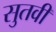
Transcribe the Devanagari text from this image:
सुतवी